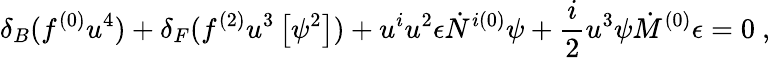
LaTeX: \delta_{B}(f^{(0)}u^{4})+\delta_{F}(f^{(2)}u^{3}\left[\psi^{2}\right])+u^{i}u^{2}\epsilon\dot{N}^{i(0)}\psi+\frac{i}{2}u^{3}\psi\dot{M}^{(0)}\epsilon=0~,